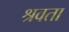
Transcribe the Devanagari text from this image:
श्रवता